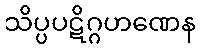
သိပ္ပပဋိဂ္ဂဟဏေန